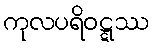
ကုလပရိဝဋ္ဋဿ